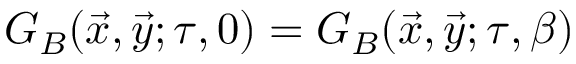
G _ { B } ( \vec { x } , \vec { y } ; \tau , 0 ) = G _ { B } ( \vec { x } , \vec { y } ; \tau , \beta )